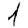
Digit: 1